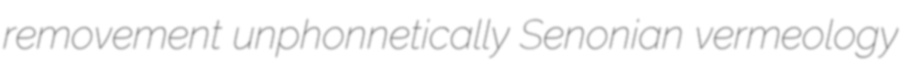
removement unphonnetically Senonian vermeology